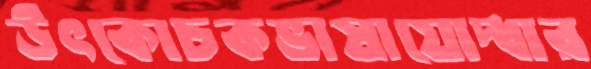
উৎকোচকভাষাযোদ্ধার